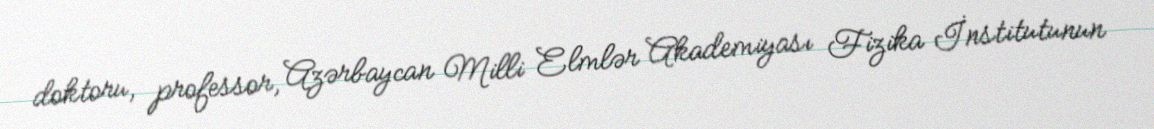
doktoru, professor, Azərbaycan Milli Elmlər Akademiyası Fizika İnstitutunun